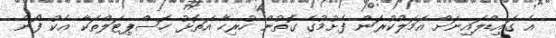
އެ ގައިޑްލައިނަށް އަމަލުކުރަން ފެށުމުގެ ގޮތުން ހުރިހާ އަތޮޅު ހޮސްޕިޓަލްތަކާ އެކު ފޯން